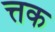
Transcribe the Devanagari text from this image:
त्तक